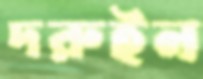
দরুইন